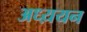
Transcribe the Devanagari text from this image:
अध्य़यन